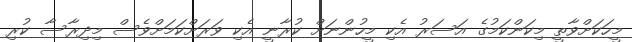
މީހަކަށްވާތީ މިކަންކަމުގެ އަސަރު އެކި މީހުންނަށް ކުރާނީ އެކި ވަރަށްކަމަށްވެސް މިދިރާސާ ކުރި